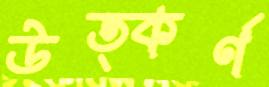
উত্কর্ণ